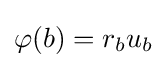
\varphi (b)=r_{b}u_{b}